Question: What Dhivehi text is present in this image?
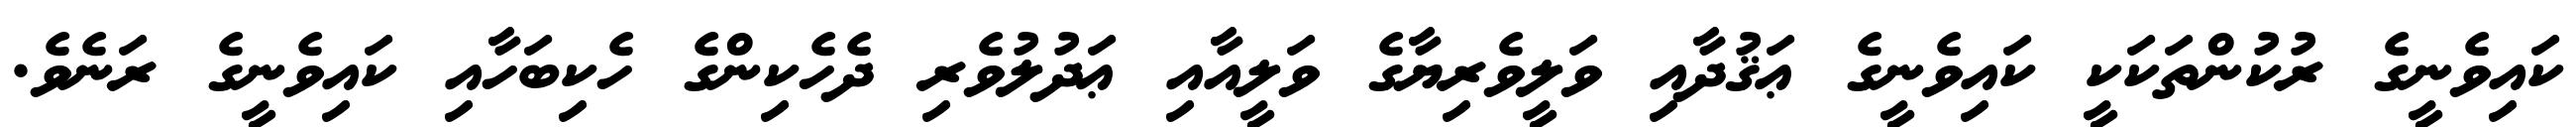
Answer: ކައިވެނީގެ ރުކުންތަކަކީ ކައިވެނީގެ ޢަޤުދާއި ވަލީވެރިޔާގެ ވަލީއާއި ޢަދުލުވެރި ދެހެކިންގެ ހެކިބަހާއި ކައިވެނީގެ ރަނެވެ.